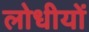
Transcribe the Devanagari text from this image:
लोधीयों